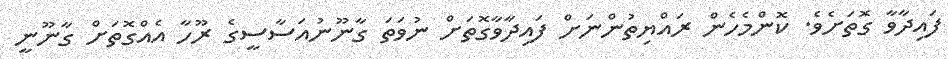
ފައިދާވާ ގޮތަށެވެ. ކޮންމެހެން ރައްޔިތުންނަށް ފައިދާވާގޮތަށް ނުވަތަ ގާނޫނުއަސާސީގެ ރޫހާ އެއްގޮތަށް ގާނޫނީ